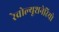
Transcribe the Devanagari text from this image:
रेवोल्यूशनेरियो